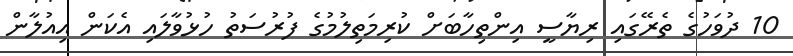
10 ދުވަހުގެ ތެރޭގައި ރިޔާސީ އިންތިހާބަށް ކުރިމަތިލުމުގެ ފުރުސަތު ހުޅުވާލައި އެކަން އިއުލާން